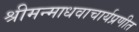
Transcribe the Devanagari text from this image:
श्रीमन्माधवाचार्यप्रणीत